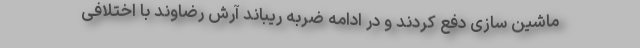
ماشین سازی دفع کردند و در ادامه ضربه ریباند آرش رضاوند با اختلافی